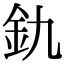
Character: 釚